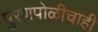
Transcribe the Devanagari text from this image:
पुरणपोळीचाही